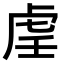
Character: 𫊟